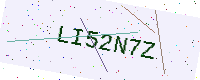
Text: LI52N7Z